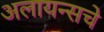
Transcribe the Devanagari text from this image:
अलायन्सचे